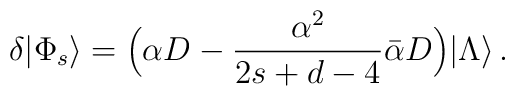
\delta|\Phi_s\rangle=\Bigl(\alpha D-\frac{\alpha^2}{2s+d-4}\bar{\alpha}D\Bigr)|\Lambda\rangle\,.